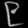
Digit: ၉